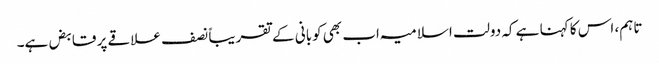
تاہم، اس کا کہنا ہے کہ دولت اسلامیہ اب بھی کوبانی کے تقریباً نصف علاقے پر قابض ہے۔